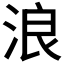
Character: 浪